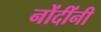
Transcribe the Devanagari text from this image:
नोंदींनी